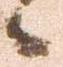
候